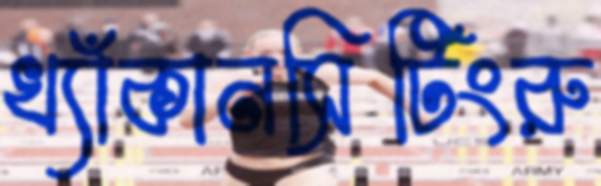
খ্যাঁকানসিটিংরু